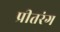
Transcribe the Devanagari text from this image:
प्रीतरंग